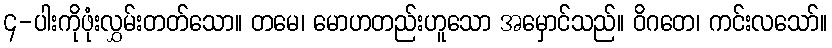
၄-ပါးကိုဖုံးလွှမ်းတတ်သော။ တမေ၊ မောဟတည်းဟူသော အမှောင်သည်။ ဝိဂတေ၊ ကင်းလသော်။